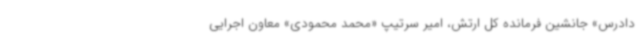
دادرس» جانشین فرمانده کل ارتش، امیر سرتیپ «محمد محمودی» معاون اجرایی